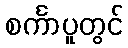
စင်္ကာပူတွင်